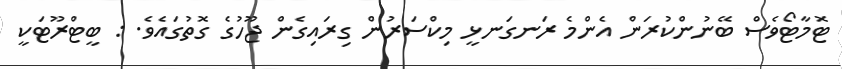
ޓޮމާޓޯވެސް ބޭނުންކުރަން އެންމެ ރަނގަނޅީ މިކްސަރުން ގިރައިގެން ޖޫހުގެ ގޮތުގައެވެ. : ބީޓްރޫޓަކީ